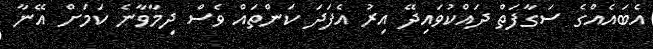
އެބައެއްގެ ސަގާފަތް ދައްކުވައިދޭ އިރު އެފަދަ ކަންތައް ވެސް ދިމާވާނެ ކަމަށް އޭނާ